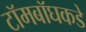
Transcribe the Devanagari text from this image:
टॉमबॉघकडे